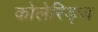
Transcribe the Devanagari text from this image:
कोलेरिड्ज